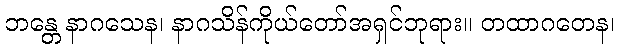
ဘန္တေ နာဂသေန၊ နာဂသိန်ကိုယ်တော်အရှင်ဘုရား။ တထာဂတေန၊